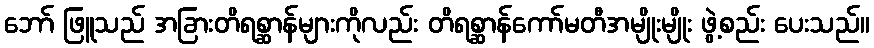
ဘော် ဖြူသည် အခြားတိရစ္ဆာန်များကိုလည်း တိရစ္ဆာန်ကော်မတီအမျိုးမျိုး ဖွဲ့စည်း ပေးသည်။